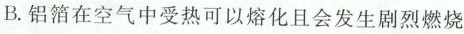
B.铝箔在空气中受热可以熔化且会发生剧烈燃烧